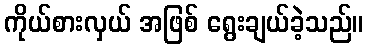
ကိုယ်စားလှယ် အဖြစ် ရွေးချယ်ခဲ့သည်။